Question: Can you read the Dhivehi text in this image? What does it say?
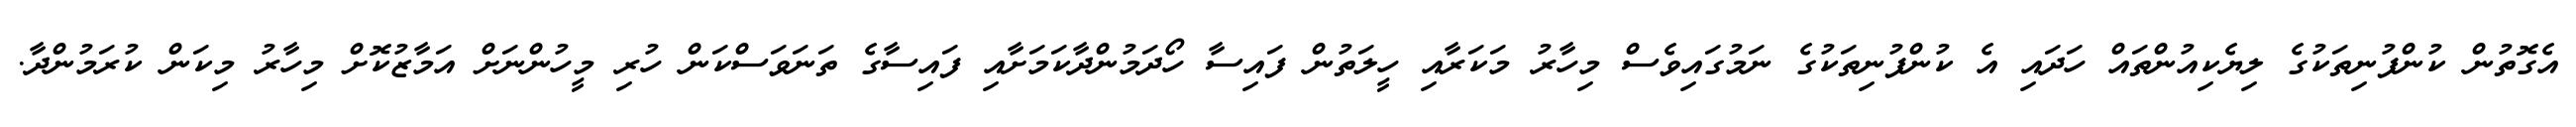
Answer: އެގޮތުން ކުންފުނިތަކުގެ ލިޔެކިއުންތައް ހަދައި އެ ކުންފުނިތަކުގެ ނަމުގައިވެސް މިހާރު މަކަރާއި ހީލަތުން ފައިސާ ހޯދަމުންދާކަމަށާއި ފައިސާގެ ތަނަވަސްކަން ހުރި މީހުންނަށް އަމާޒުކޮށް މިހާރު މިކަން ކުރަމުންދާ.